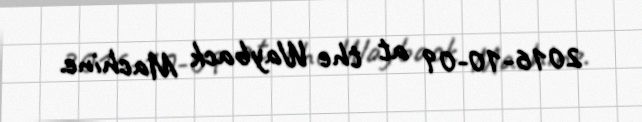
2016-10-09 at the Wayback Machine.